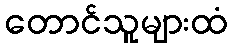
တောင်သူများထံ